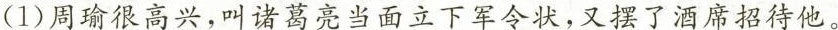
(1)周瑜很高兴，叫诸葛亮当面立下军令状，又摆了酒席招待他。